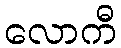
လောကီ